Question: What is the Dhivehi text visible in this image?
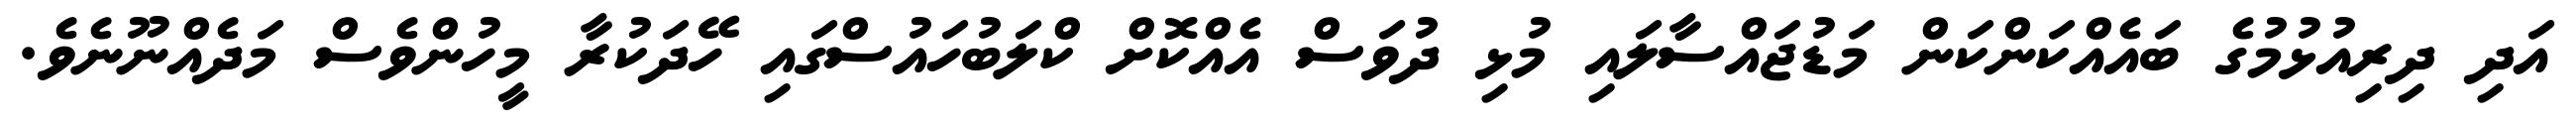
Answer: އަދި ދިރިއުޅުމުގެ ބައެއްކަންކަން މަޑުޖައްސާލައި މުޅި ދުވަސް އެއްކޮށް ކްލަބުހައުސްގައި ހޭދަކުރާ މީހުންވެސް މަދެއްނޫނެވެ.